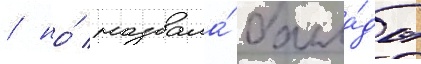
/ но́ назвала́ балла́ды